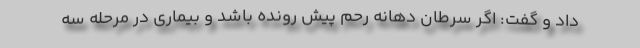
داد و گفت: اگر سرطان دهانه رحم پیش رونده باشد و بیماری در مرحله سه